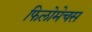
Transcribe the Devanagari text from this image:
फिलोमेचस